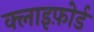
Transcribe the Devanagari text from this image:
क्लाइफ़ोर्ड